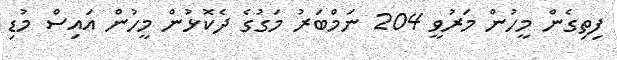
ފިތިގެން މީހުން މަރުވީ 204 ނަމްބަރު މަގުގެ ދެކޮޅުން މީހުން އައިސް މުޑި